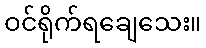
ဝင်ရိုက်ရချေသေး။